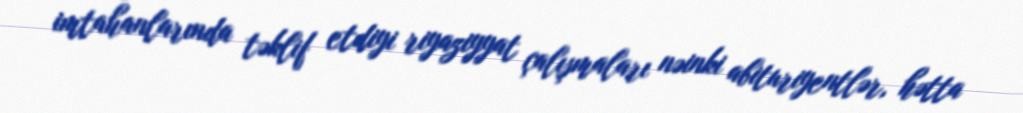
imtahanlarında təklif etdiyi riyaziyyat çalışmaları nəinki abituriyentlər, hətta